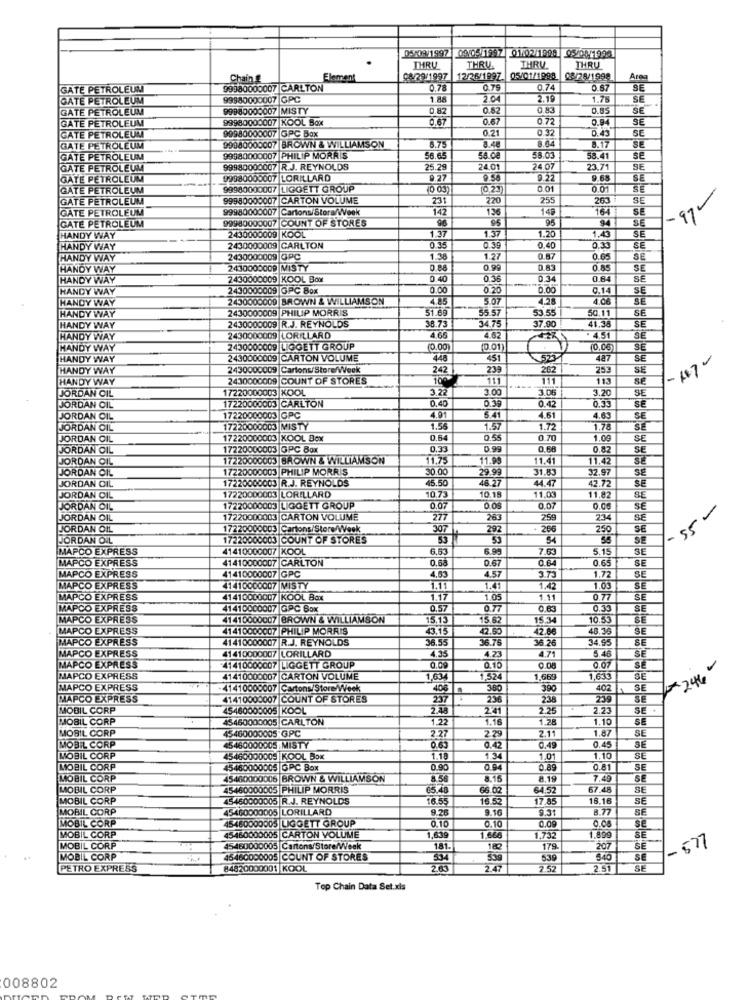
DSO9/1997 09/05/1997 01/02/1998 05/00/1993
THRU
THRU
THRU
THRU
Chain &
Element
08/29/1997
12/26/1997
05/01/1998
08/26/1998
Areg
GATE PETROLEUM
99980000007 CARLTON
0.78
0.75
0.74
0.87
SE
GATE PETROLEUM
99980000007 GPC
1.88
2.04
2.19
1.75
SE
GATE PETROLEUM
99980000007 MISTY
0.82
0.82
0.83
0.85
SE
GATE PETROLEUM
99980000007 KOOL Box
0.67
0.67
0.72
0.94
99980000007 GPC Box
0.21
0 32
0.43
SE
GATE PETROLEUM
GATE PETROLEUM
99980000007 BROWN & WILLIAMSON
6.75
8.64
8.17
SE
GATE PETROLEUM
99980000007 PHILIP MORRIS
56.65
58.08
58.03
58.41
SE
GATE PETROLEUM
99980000007 R.J. REYNOLDS
25.29
24.01
24.07
23.71
SE
GATE PETROLEUM
99980000007 LORILLARD
8.27
9.58
9.22
9.68
SE
GATE PETROLEUM
99980000007 LIGGETT GROUP
10.23
0.01
0.01
170
GATE PETROLEUM
99980000007 CARTON VOLUME
231
220
255
263
SE
GATE PETROLEUM
99980000007 Cartons/Store/Week
142
136
149
164
SE
GATE PETROLEUM
99980000007 COUNT OF STORES
96
95
2430000009 KOOL
1.37
1.45
34
SE
HANDY WAY
1.37
1.20
SE
HANDY WAY
2430000009 CARLTON
0.35
0.39
0.40
0.33
SE
HANDY WAY
2430000009 OPC
1.38
1.27
0.87
0.65
SE
HANDY WAY
2430000009 MISTY
0.88
0.90
0.83
0.85
SE
HANDY WAY
2430000009 KOOL Bow
0.40
0.36
0.34
0.8
SE
HANDY WAY
2430000009 GPC Box
0.00
0.20
0.00
0.14
SE
HANDY WAY
2430000009 BROWN & WILLIAMSON
4.85
5.07
4.28
4.06
3E
HANDY WAY
2430000009 PHILIP MORRIS
51.69
55.57
53.55
50.11
SE
HANDY WAY
2430000009 R.J. REYNOLDS
38.73
34.75
37.90
41.3
SE
HANDY WAY
2430000009 LORILLARD
4.65
4.62
. 4.51
SE
HANDY WAY
2430000009 LIGGETT GROUP
(0.00)
(0.01)
10.05
SE
HANDY WAY
2430000009 CARTON VOLUME
448
451
5237
487
SE
HANDY WAY
2430000009
Cartons/Store/Week
242
239
253
SE
HANDY WAY
2430000009 COUNT OF STORES
100
111
113
se
JORDAN CIL
17220000003 KOOL
3.22
3.00
3.20
SE
17220000003 CARLTON
0.40
0.39
JORDAN CIL
0.42
0.33
SE
JORDAN CIL
17220000003 GPC
4.01
5.41
4.61
4.63
SE
JORDAN OIL
17220000003 MISTY
1.56
1.57
1.72
1.78
SE
JORDAN CIL
17220000003 KOOL Box
0.54
0.55
0.70
1.09
SE
JORDAN
17220000003 GPC Box
0.33
0.99
0
SE
JORDAN CIL
17220000003 BROWN & WILLIAMSON
11.75
11.99
11.41
11.42
JORDAN
17220000003 PHILIP MORRIS
30.00
29.99
31.83
32.97
17220000003 R.J. REYNOLDS
45.50
46.27
44.47
SE
JORDAN CIL
17220000003 LORILLARD
42.72
SE
JORDAN CIL
10.73
10.15
11.03
11.82
SE
JORDAN OIL
17220000003 LIGGETT GROUP
0.07
0.08
0.07
0.05
- 55-
JORDAN OIL
17220000003 CARTON VOLUME
277
263
259
234
SE
JORDAN OIL
17220000003 Cartons/Store/Week
307
292
266
250
JORDAN ONIL
17220000003 COUNT OF STORES
53
54
SE
MAPCO EXPRESS
41410000007 KOOL
6.53
6.99
7.63
5.15
SE
MAPCO EXPRESS
41410000007 CARLTON
0.68
0.67
0.64
0.65
SE
4.03
4.57
3.73
MAPCO EXPRESS
41410000007 GPC
1.72
SE
MAPCO EXPRESS
41410000007 MISTY
1.11
1.41
.42
1.03
SE
MAPCO EXPRESS
41410000007 KOOL Box
1.17
1.05
1.11
0.77
SE
MAPCO EXPRESS
41410000007 GPC Box
0.57
0.77
0.83
0.35
SE
MAPCO EXPRESS
41410000007 BROWN & WILLIAMSON
15.13
15.62
15.34
10.53
MAPCO EXPRESS
41410000007 PHILIP MORRIS
43.15
42.50
42.86
48.36
SE
MAPCO EXPRESS
41410000007 R.J. REYNOLDS
36.55
36.76
36.26
34.9
SE
MAPCO EXPRESS
41 410000007 LORILLARD
4,35
4.23
4.71
5.48
0.07
SE
MAPCO EXPRESS
41410000007 LIGGETT GROUP
0,09
0.10
0.08
SE
# 246 -
MAPCO EXPRESS
41410000007 CARTON VOLUME
1,634
1,524
1,665
1.633
SE
MAPCO EXPRESS
41410000007 Cartons/Store/Week
406
380
390
402
SE
MAPCO EXPRESS
41410000007 COUNT OF STORES
237
236
238
239
SE
MOBIL CORP
5480000005 |KOOL
2.48
241
2.25
2.25
MOBIL CORP
45460000005 CARLTON
1.22
1.16
1.28
1.10
SE
MOBIL CORP
45460000005 GPC
1.87
2.27
2.29
2.11
SE
MOBIL CORP
45460000005 MISTY
0.63
0.42
0.49
0.45
SE
MOBIL CORP
45460000005|KOOL Box
1.18
1.01
1.10
SE
MOBIL CORP
45460000005 GPC Box
0.90
0.94
0.89
0.81
SE
MOBIL CORP
45460000006 BROWN & WILLIAMSON
8.56
8.15
8,19
7,49
SE
MOBIL CORP
45460000005 PHILIP MORRIS
65.40
66.02
64.5
67.4
SE
MOBIL CORP
45450000005 R.J. REYNOLDS
16.55
16.5
17 8
18.16
SE
MOBIL CORP
45460000005 LORILLARD
9.26
9.16
9.31
8.77
SE
MOBIL CORP
45450000005 LIGGETT GROUP
0.10
0.10
0.09
0.08
MOBIL CORP
45460000005 CARTON VOLUME
1,639
1.666
1.732
1.899
SE
MOBIL CORP
45460000005 Cartons/Store/Week
1.81.
180
179
207
-571
MOBIL CORP
45460000005 COUNT OF STORES
534
539
539
$40
SE
PETRO EXPRESS
84820000001 KOOL
283
2.47
2.52
2.51
SE
Top Chain Data Set.xls
008802